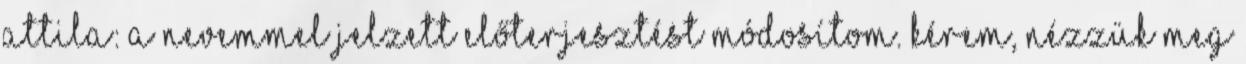
Attila: A nevemmel jelzett előterjesztést módosítom. Kérem, nézzük meg